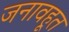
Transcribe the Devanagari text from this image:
जनावहूत